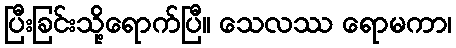
ပြီးခြင်းသို့ရောက်ပြီ။ သေလဿ ရောမကာ၊